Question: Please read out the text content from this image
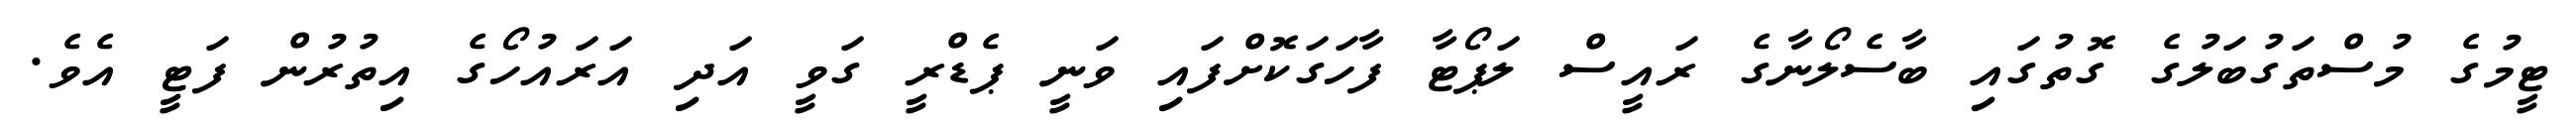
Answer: ޓީމުގެ މުސްތަގުބަލުގެ ގޮތުގައި ބާސެލޯނާގެ ރައީސް ލަޕޯޓާ ފާހަގަކޮށްފައި ވަނީ ޕެޑްރީ ގަވީ އަދި އަރައުހޯގެ އިތުރުން ފަޓީ އެވެ.